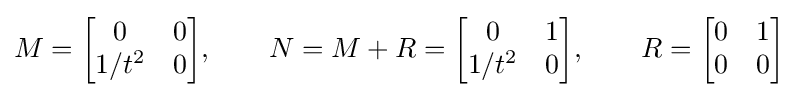
M={\begin{bmatrix}0&0\\1/t^{2}&0\end{bmatrix}},\qquad N=M+R={\begin{bmatrix}0&1\\1/t^{2}&0\end{bmatrix}},\qquad R={\begin{bmatrix}0&1\\0&0\end{bmatrix}}